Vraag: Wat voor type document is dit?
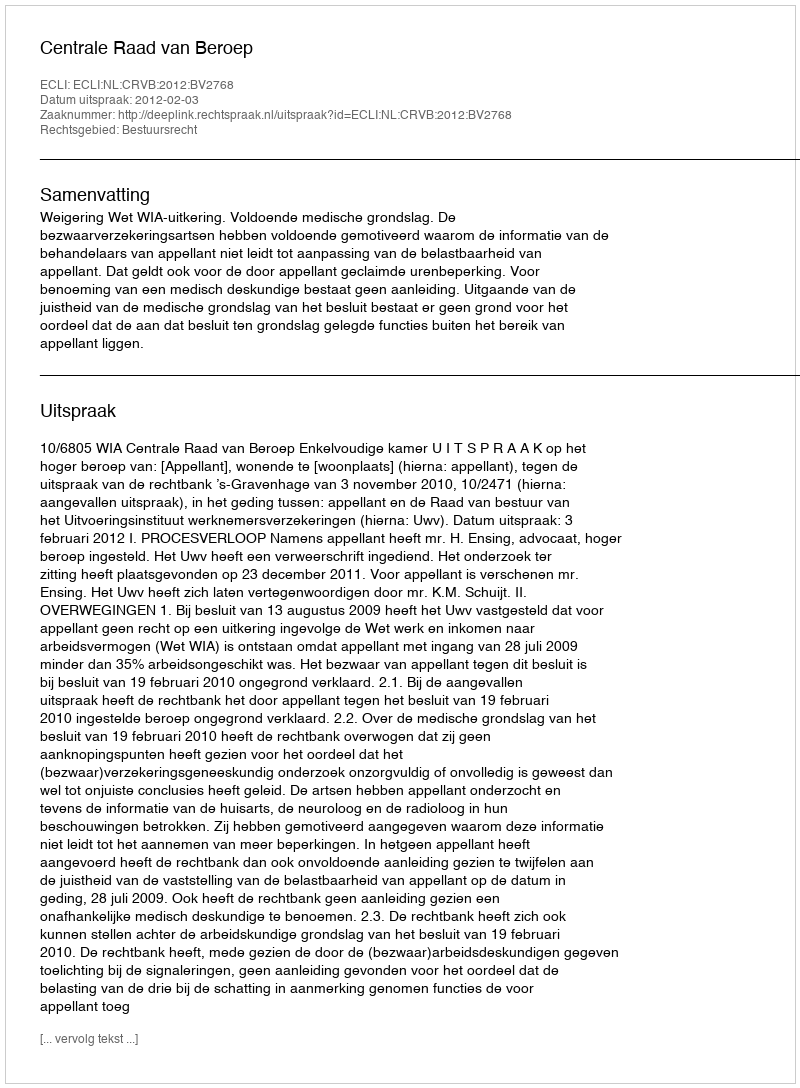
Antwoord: Uitspraak